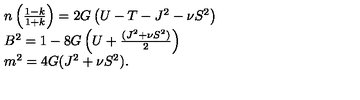
\begin{array} { l l } { n \left( \frac { 1 - k } { 1 + k } \right) = 2 G \left( U - T - J ^ { 2 } - \nu S ^ { 2 } \right) } \\ { B ^ { 2 } = 1 - 8 G \left( U + \frac { ( J ^ { 2 } + \nu S ^ { 2 } ) } { 2 } \right) } \\ { m ^ { 2 } = 4 G ( J ^ { 2 } + \nu S ^ { 2 } ) . } \\ \end{array}